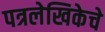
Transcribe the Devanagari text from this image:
पत्रलेखिकेचे